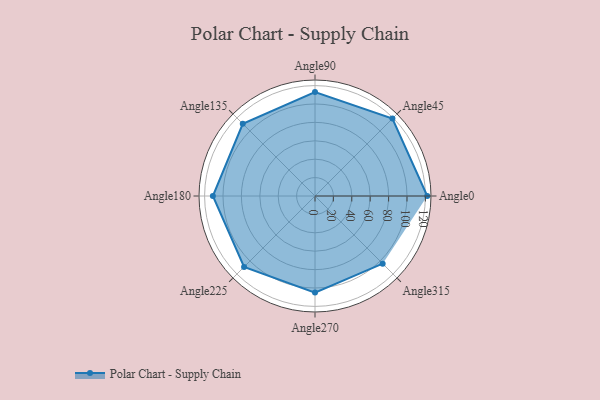
{"axis": {"x": "Angle", "y": "Radius"}, "legend": [""], "data": [{"x": "Angle0", "y": 122.0, "type": ""}, {"x": "Angle45", "y": 119.0, "type": ""}, {"x": "Angle90", "y": 113.0, "type": ""}, {"x": "Angle135", "y": 111.0, "type": ""}, {"x": "Angle180", "y": 111.0, "type": ""}, {"x": "Angle225", "y": 109.0, "type": ""}, {"x": "Angle270", "y": 105.0, "type": ""}, {"x": "Angle315", "y": 104.0, "type": ""}]}